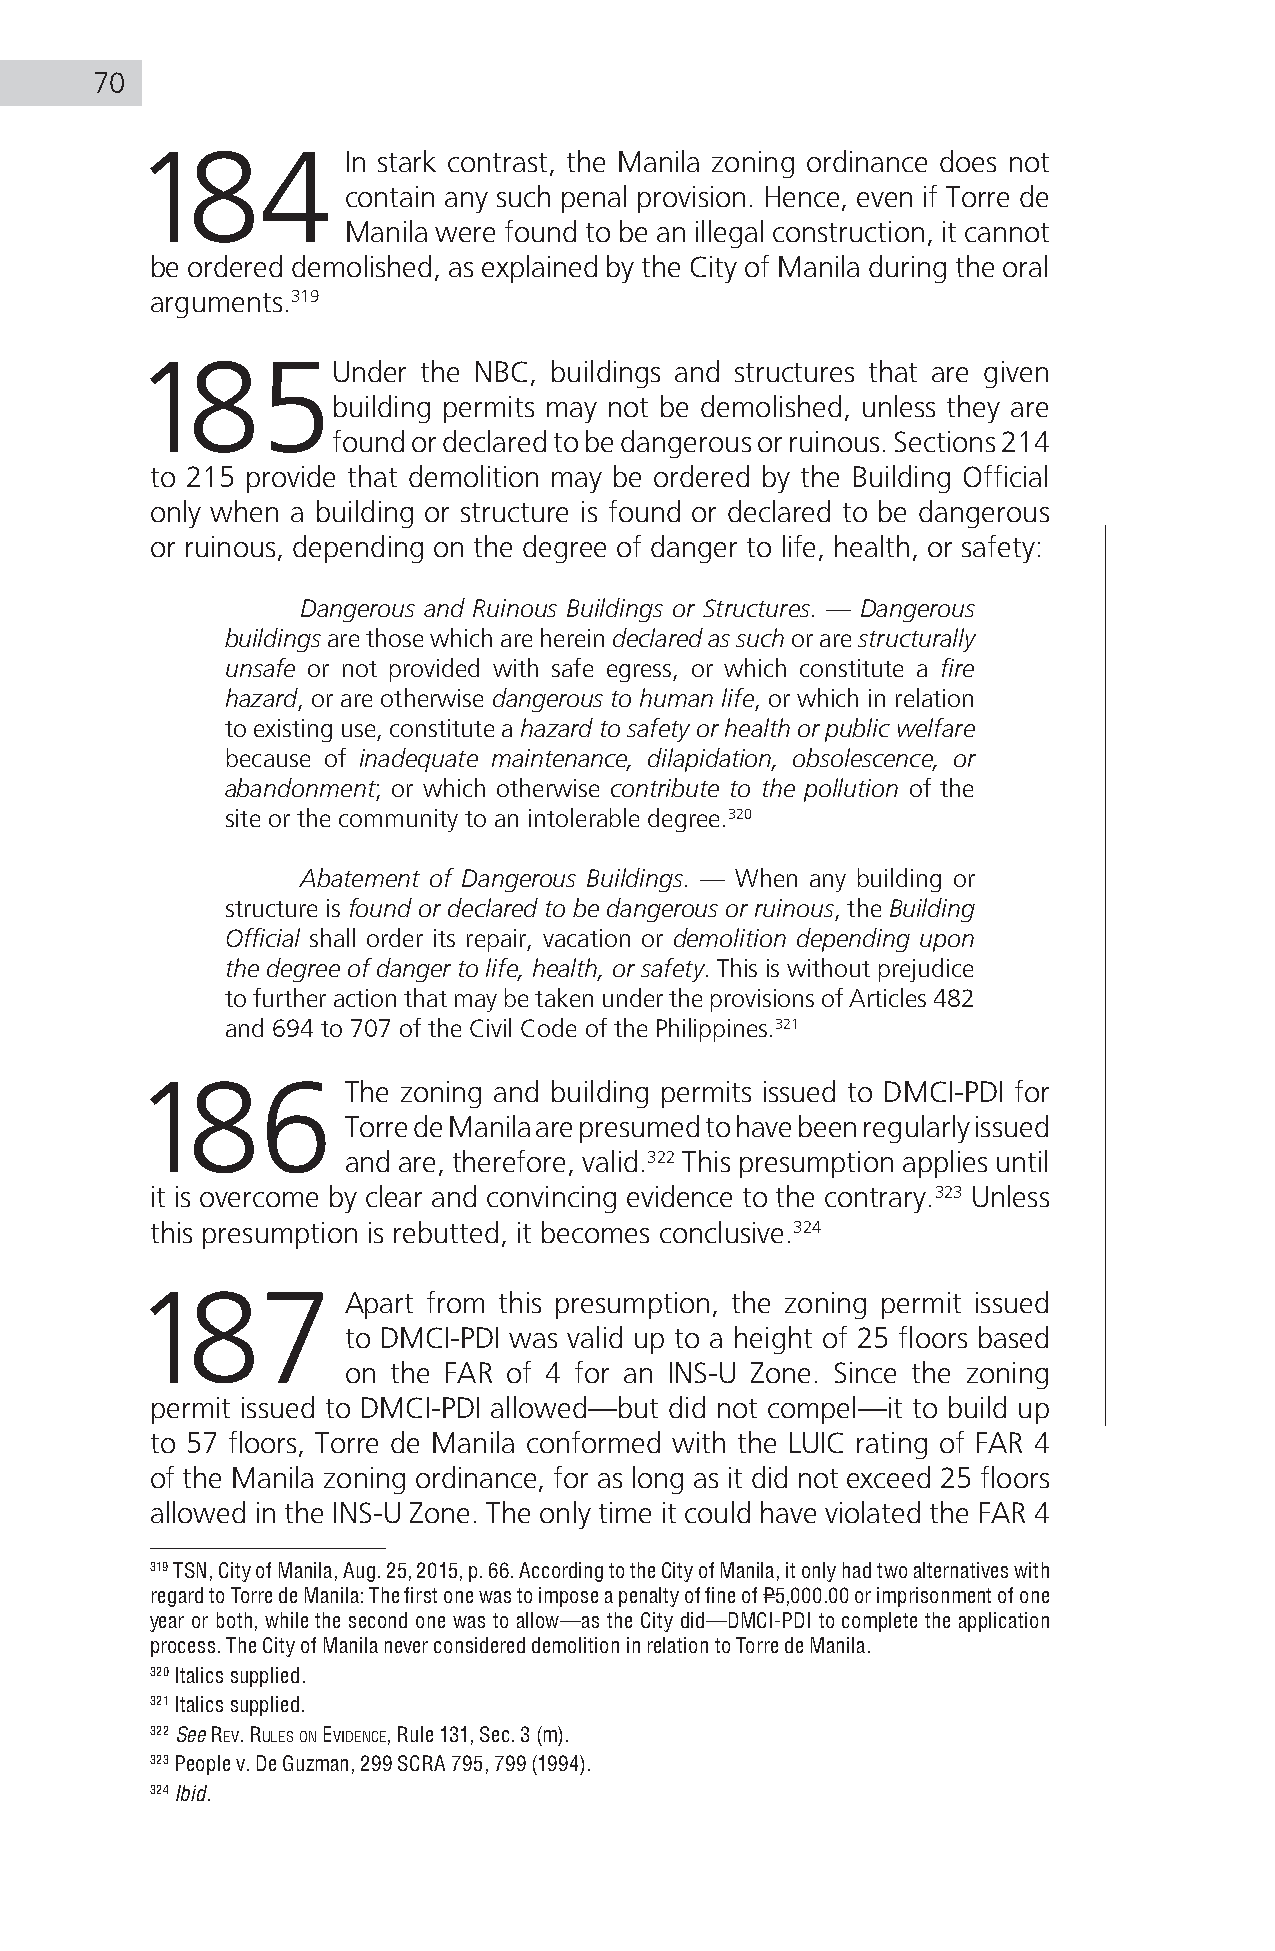
70
 184           In stark contrast, the Manila zoning ordinance does not
 contain any such penal provision. Hence, even if Torre de
 Manila were found to be an illegal construction, it cannot
 be ordered demolished, as explained by the City of Manila during the oral
 arguments.319
 185Under           the NBC, buildings and structures that are given
 building permits may not be demolished, unless they are
 found or declared to be dangerous or ruinous. Sections 214
 to 215 provide that demolition may be ordered by the Building Official
 only when a building or structure is found or declared to be dangerous
 or ruinous, depending on the degree of danger to life, health, or safety:
 Dangerous and Ruinous Buildings or Structures. — Dangerous
 buildings are those which are herein declared as such or are structurally
 unsafe or not provided with safe egress, or which constitute a fire
 hazard, or are otherwise dangerous to human life, or which in relation
 to existing use, constitute a hazard to safety or health or public welfare
 because of inadequate maintenance, dilapidation, obsolescence, or
 abandonment; or which otherwise contribute to the pollution of the
 site or the community to an intolerable degree.320
 Abatement of Dangerous Buildings. — When any building or
 structure is found or declared to be dangerous or ruinous, the Building
 Official shall order its repair, vacation or demolition depending upon
 the degree of danger to life, health, or safety. This is without prejudice
 to further action that may be taken under the provisions of Articles 482
 and 694 to 707 of the Civil Code of the Philippines.321
 186           The zoning and building permits issued to DMCI-PDI for
 Torre de Manila are presumed to have been regularly issued
 and are, therefore, valid.322 This presumption applies until
 it is overcome by clear and convincing evidence to the contrary.323 Unless
 this presumption is rebutted, it becomes conclusive.324
 187           Apart from this presumption, the zoning permit issued
 to DMCI-PDI was valid up to a height of 25 floors based
 on the FAR of 4 for an INS-U Zone. Since the zoning
 permit issued to DMCI-PDI allowed—but did not compel—it to build up
 to 57 floors, Torre de Manila conformed with the LUIC rating of FAR 4
 of the Manila zoning ordinance, for as long as it did not exceed 25 floors
 allowed in the INS-U Zone. The only time it could have violated the FAR 4
 319 TSN, City of Manila, Aug. 25, 2015, p. 66. According to the City of Manila, it only had two alternatives with
 regard to Torre de Manila: The first one was to impose a penalty of fine of P5,000.00 or imprisonment of one
 year or both, while the second one was to allow—as the City did—DMCI-PDI to complete the application
 process. The City of Manila never considered demolition in relation to Torre de Manila.
 320 Italics supplied.
 321 Italics supplied.
 322 See rev. ruleS on evidence, Rule 131, Sec. 3 (m).
 323 People v. De Guzman, 299 SCRA 795, 799 (1994).
 324 Ibid.